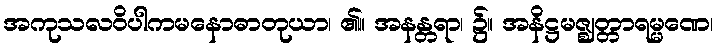
အကုသလဝိပါကမနောဓာတုယာ၊ ၏။ အနန္တရာ၊ ၌။ အနိဋ္ဌမဇ္ဈတ္တာရမ္မဏေ၊